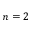
n = 2